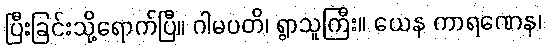
ပြီးခြင်းသို့ရောက်ပြီ။ ဂါမပတိ၊ ရွာသူကြီး။ ယေန ကာရဏေန၊